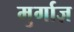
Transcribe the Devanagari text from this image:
मुर्गाज़